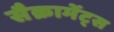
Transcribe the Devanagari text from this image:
सैक्रामेंट्स